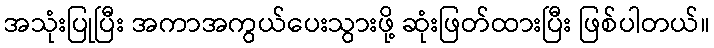
အသုံးပြုပြီး အကာအကွယ်ပေးသွားဖို့ ဆုံးဖြတ်ထားပြီး ဖြစ်ပါတယ်။